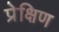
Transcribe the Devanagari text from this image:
प्रेक्षिण